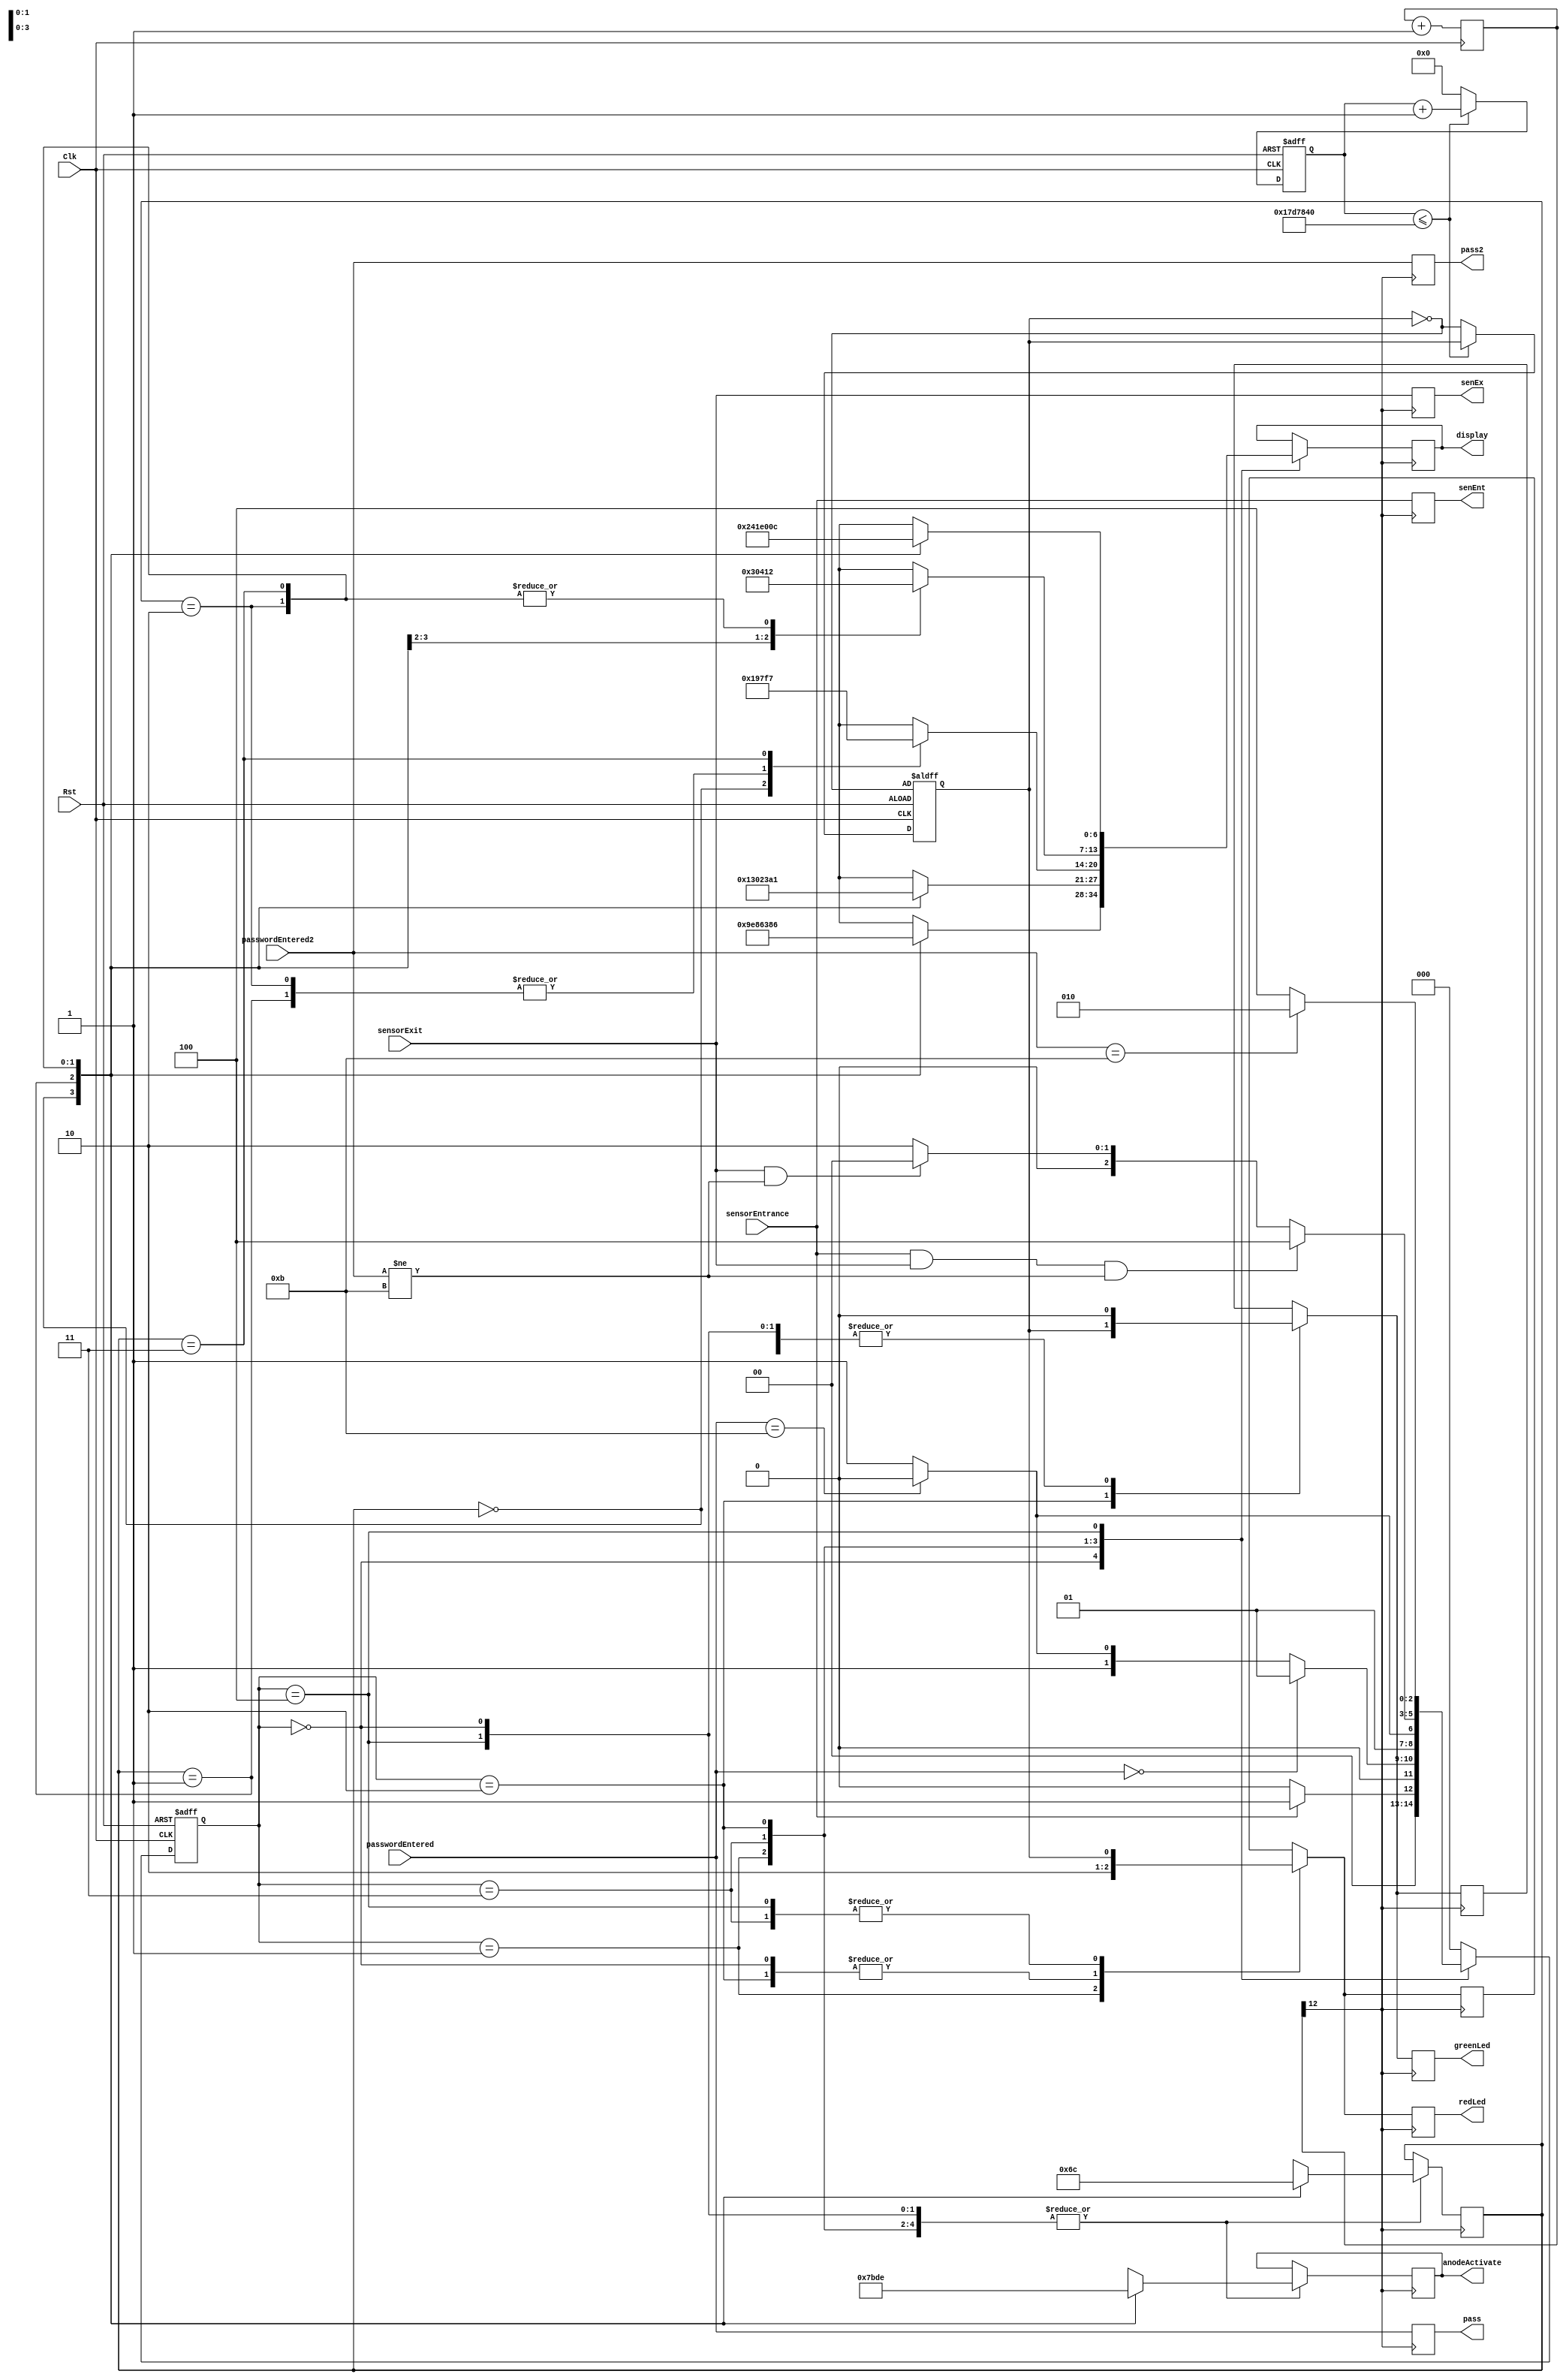
`timescale 1ns / 1ps
 
module car_parking_system (Clk, Rst,  sensorEntrance, sensorExit, passwordEntered,passwordEntered2, greenLed, redLed, display, anodeActivate,pass,pass2,senEnt,senEx);
 
    input Clk, Rst; // Clock and reset of the car parking system
    input sensorEntrance, sensorExit; // Two sensor in front and behind the gate of the car parking system
    input [3:0] passwordEntered,  passwordEntered2; // Input password
    output reg greenLed, redLed; // Signaling LEDs showing different states of system
    output reg [6:0] display; // Cathode patterns of the 7-segment LED display
    output reg [3:0] anodeActivate; // Anode signals of the 7-segment LED display
    output reg [3:0] pass; // LEDs for displaying password entered
    output reg [3:0] pass2; // LEDs for displaying the second password entered
    output reg senEnt;  // LED showing state of sensor at entrance
    output reg senEx;  // LED showing state of sensor at exit
   
    parameter idle = 3'b000, waitPass = 3'b001, rightPass = 3'b010, wrongPass = 3'b011, stop = 3'b100;  // States of car parking system, displayed on 4 digit 7 segment display    
    reg [2:0] currentState, nextState;   // Variables for storing current state and next state
    reg [31:0] counterWait; // A variable introduced to slow the clock
    reg red, green;  // Additional variables that are varying according to state of the system
    reg [3:0] correctPass = 4'b1011; // Correct password of parking system
    localparam left=2'b00, midleft=2'b01, midright=2'b10, right=2'b11; // Additional variables for the 4 digit 7-segment display
    reg [1:0] state=left; // Initialising the state variable
    reg led; // Additional variable used for red and green LEDs
    reg [12:0] segclk; // Additional variable used for using 7 segment display on fpga
 
 
    // segclk for 7 segment display
    always @(posedge Clk) begin
        segclk <= segclk+1'b1;
    end
 
    // counterWait for signalling LEDs
    always @(posedge Clk or negedge Rst) begin
        if(~Rst) begin
            counterWait <= 0;
            led <= ~led;
        end
        else if(counterWait <= 25000000)
            counterWait <= counterWait + 1;
        else begin
            counterWait <= 0;
            led <= ~led;
        end
    end
 
    // nextState
    always @(posedge Clk or negedge Rst) begin
        if(~Rst)
            currentState = idle;
        else
            currentState = nextState;
    end
   
    // change state
    always @(*) begin
        case(currentState)
 
        idle: begin
            if(sensorEntrance == 1)
                nextState = waitPass;
            else
                nextState = idle;
        end
 
        waitPass: begin
            if(passwordEntered == 4'b0000)
                nextState = waitPass;
            else begin
                if(passwordEntered == correctPass)
                    nextState = rightPass;
                else
                    nextState = wrongPass;
            end
        end
 
        wrongPass: begin
            if(passwordEntered == correctPass)
                nextState = rightPass;
            else
                nextState = wrongPass;
            end
 
        rightPass: begin
            if((sensorEntrance==1 && sensorExit == 1)&& passwordEntered2 != correctPass)
                nextState = stop;
            else if(sensorExit == 1 && passwordEntered2 != correctPass)
                nextState = idle;
            else
                nextState = rightPass;
        end
 
        stop: begin
            if(passwordEntered2 == correctPass)
                nextState = rightPass;
            else
                nextState = stop;
        end
 
        default: nextState = idle;
        endcase
 
    end
 
    // LEDs and output
    always @(posedge segclk[12]) begin
        case(currentState)
 
        idle: begin
            green = 1'b0;
            red = 1'b0;
            case(state)
            left: begin
                display <= 7'b1001111;  // I
                anodeActivate <= 4'b0111;
                state <= midleft;
            end
            midleft: begin
                display <= 7'b0100001;  // d
                anodeActivate <= 4'b1011;
                state <= midright;
            end
            midright: begin
                display <= 7'b1000111;  // L
                anodeActivate <= 4'b1101;
                state <= right;
            end
            right: begin
                display <= 7'b0000110;   // E
                anodeActivate <= 4'b1110;
                state <= left;
            end
            endcase
        end
 
        waitPass: begin
            green = 1'b0;
            red = 1'b1;
            case(state)
            left: begin
                display <= 7'b0001001; // H
                anodeActivate <= 4'b0111;
                state <= midleft;
            end
            midleft: begin
                display <=  7'b1000000; // O
                anodeActivate <= 4'b1011;
                state <= midright;    
            end
            midright: begin
                display <= 7'b1000111; // L
                anodeActivate <= 4'b1101;
                state <= right;
            end
            right: begin
                display <= 7'b0100001; // d
                anodeActivate <= 4'b1110;
                state <= left;
            end
            endcase
        end
 
        wrongPass: begin
            green <= 1'b0;
            red <= led;
            case(state)
            left: begin
                display <= 7'b0000110; // E
                anodeActivate <= 4'b0111;
                state <= midleft;
            end
            midleft: begin
                display <= 7'b0101111; // r
                anodeActivate <= 4'b1011;
                state <= midright;
            end
            midright: begin
                display <= 7'b0101111; // r
                anodeActivate <= 4'b1101;
                state <= right;
            end
            right: begin
                display <= 7'b1110111; // _
                anodeActivate <= 4'b1110;
                state <= left;
            end
            endcase
        end
 
        rightPass: begin
            green <= led;
            red <= 1'b0;
            case(state)
            left: begin
                display <= 7'b0001100; // P
                anodeActivate <= 4'b0111;
                state <= midleft;
            end
            midleft:begin
                display <= 7'b0001000; // A
                anodeActivate <= 4'b1011;
                state <= midright;
            end
            midright: begin
                display <= 7'b0010010; // S
                anodeActivate <= 4'b1101;
                state <= right;
            end
            right: begin
                display <= 7'b0010010; // S
                anodeActivate <= 4'b1110;
                state <= left;
            end
            endcase
        end
 
        stop: begin
            green <= 1'b0;
            red <= led;
            case(state)
            left: begin
                display <= 7'b0010010 ; // S
                anodeActivate <= 4'b0111;
                state <= midleft;
            end
            midleft: begin
                display <= 7'b0000111; // t
                anodeActivate <= 4'b1011;
                state <= midright;
            end
            midright: begin
                display <=  7'b1000000; // O
                anodeActivate <= 4'b1101;
                state <= right;
            end
            right: begin
            anodeActivate <= 4'b1110;
            display <= 7'b0001100; // P
            state <= left;
            end
            endcase
        end
        endcase
 
        redLed = red;
        greenLed = green;
        senEnt = sensorEntrance;
        senEx = sensorExit;
        pass = passwordEntered;
        pass2 = passwordEntered2;
    end
 
endmodule